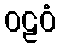
ဝဠဝံ